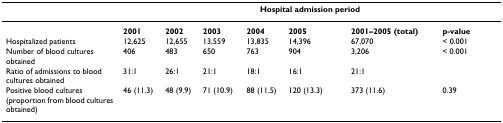
<table><thead><tr><td></td><td colspan="7"><b>Hospital admission period</b></td></tr></thead><tbody><tr><td></td><td><b>2001</b></td><td><b>2002</b></td><td><b>2003</b></td><td><b>2004</b></td><td><b>2005</b></td><td><b>2001–2005 (total)</b></td><td><b>p-value</b></td></tr><tr><td>Hospitalized patients</td><td>12,625</td><td>12,655</td><td>13,559</td><td>13,835</td><td>14,396</td><td>67,070</td><td>&lt; 0.001</td></tr><tr><td>Number of blood cultures obtained</td><td>406</td><td>483</td><td>650</td><td>763</td><td>904</td><td>3,206</td><td>&lt; 0.001</td></tr><tr><td>Ratio of admissions to blood cultures obtained</td><td>31:1</td><td>26:1</td><td>21:1</td><td>18:1</td><td>16:1</td><td>21:1</td><td></td></tr><tr><td>Positive blood cultures (proportion from blood cultures obtained)</td><td>46 (11.3)</td><td>48 (9.9)</td><td>71 (10.9)</td><td>88 (11.5)</td><td>120 (13.3)</td><td>373 (11.6)</td><td>0.39</td></tr></tbody></table>